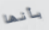
بأنها